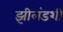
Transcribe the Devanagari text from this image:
झीलंडशी